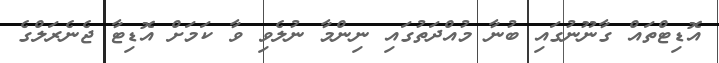
އޮޑިޓްތައް ގާނޫނުގައި ބުނާ މުއްދަތުގައި ނިންމާ ނުލެވި ވާ ކަމަށް އޮޑިޓާ ޖެނެރަލްގެ